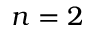
n = 2